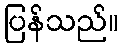
ပြန်သည်။